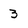
Character: 3